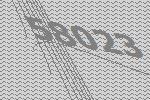
58023